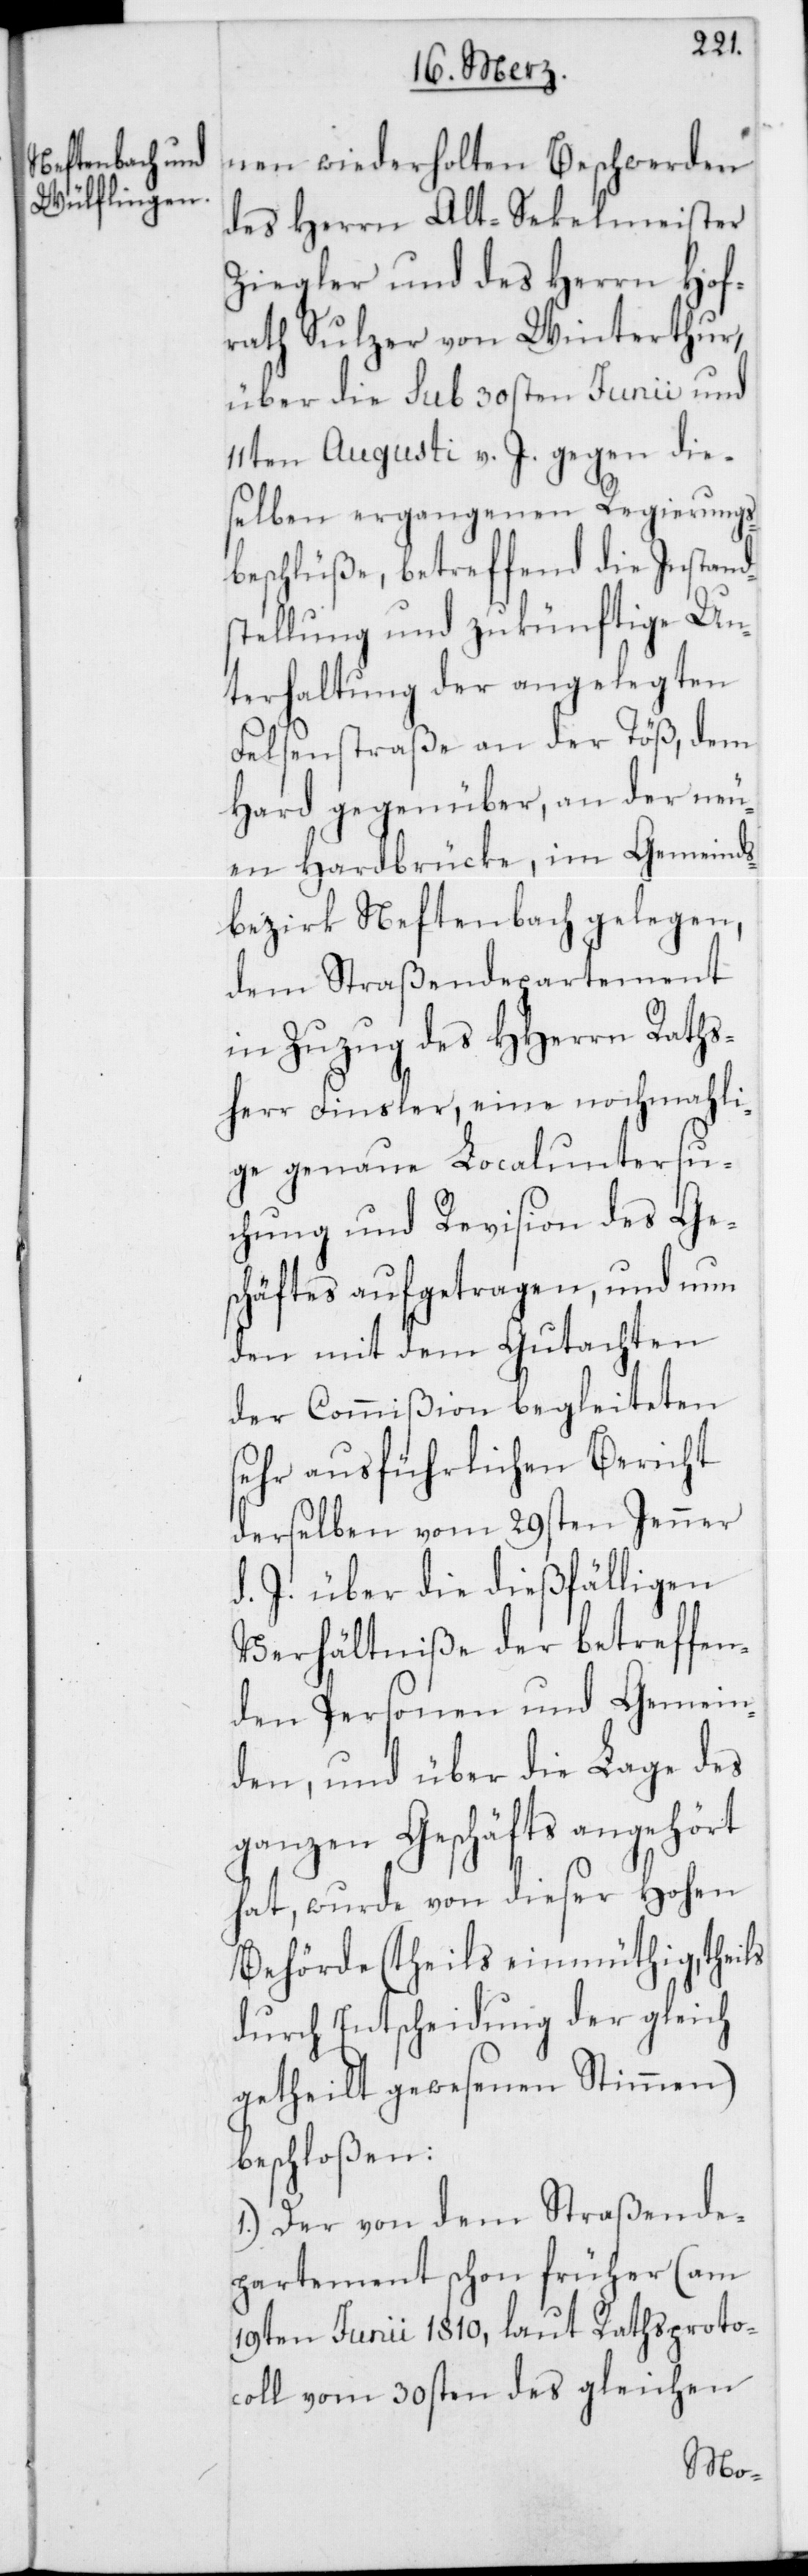
nen wiederholten Beschwerden
des Herrn Alt-Sekelmeister
Ziegler und des Herrn Hof¬
rath Sulzer von Winterthur,
über die sub 30sten Junii und
11ten Augusti v. J. gegen die¬
selben ergangenen Regierungs¬
beschlüße, betreffend die Instand¬
stellung und zukünftige Un¬
terhaltung der angelegten
Felsenstraße an der Töß, dem
Hard gegenüber, an der neu¬
en Hardbrücke, im Gemeinds¬
bezirk Neftenbach gelegen,
dem Straßendepartement
in Zuzug des HHerrn Raths¬
herr Finsler, eine nochmahli¬
ge genaue Localuntersu¬
chung und Revision des Ge¬
schäftes aufgetragen, und nun
den mit dem Gutachten
der Commißion begleiteten
sehr ausführlichen Bericht
derselben vom 29sten Jenner
d. J. über die dießfälligen
Verhältniße der betreffen¬
den Personen und Gemein¬
den, und über die Lage des
ganzen Geschäfts angehört
hat, wurde von dieser Hohen
Behörde (theils einmüthig, theils
durch Entscheidung der gleich¬
getheilt gewesenen Stimmen)
beschloßen:
1.) Der von dem Straßende¬
partement schon früher (am
19ten Junii 1810, laut Rathsproto¬
coll vom 30sten des gleichen